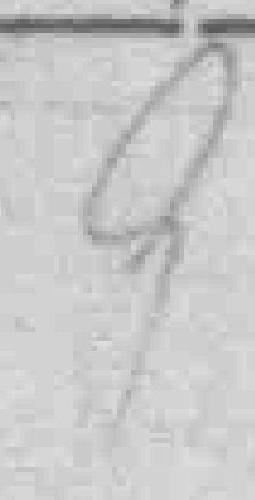
9